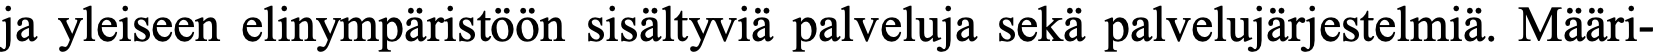
ja yleiseen elinympäristöön sisältyviä palveluja sekä palvelujärjestelmiä. Määri-